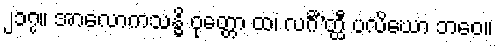
၂၁၇။ အာလောကသန္ဓိ ဝုတ္တော ထ၊ လင်္ဂီ’တ္ထီ ပလိဃော ဘဝေ။